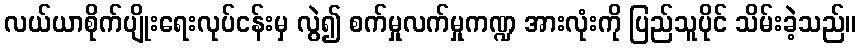
လယ်ယာစိုက်ပျိုးရေးလုပ်ငန်းမှ လွဲ၍ စက်မှုလက်မှုကဏ္ဍ အားလုံးကို ပြည်သူပိုင် သိမ်းခဲ့သည်။